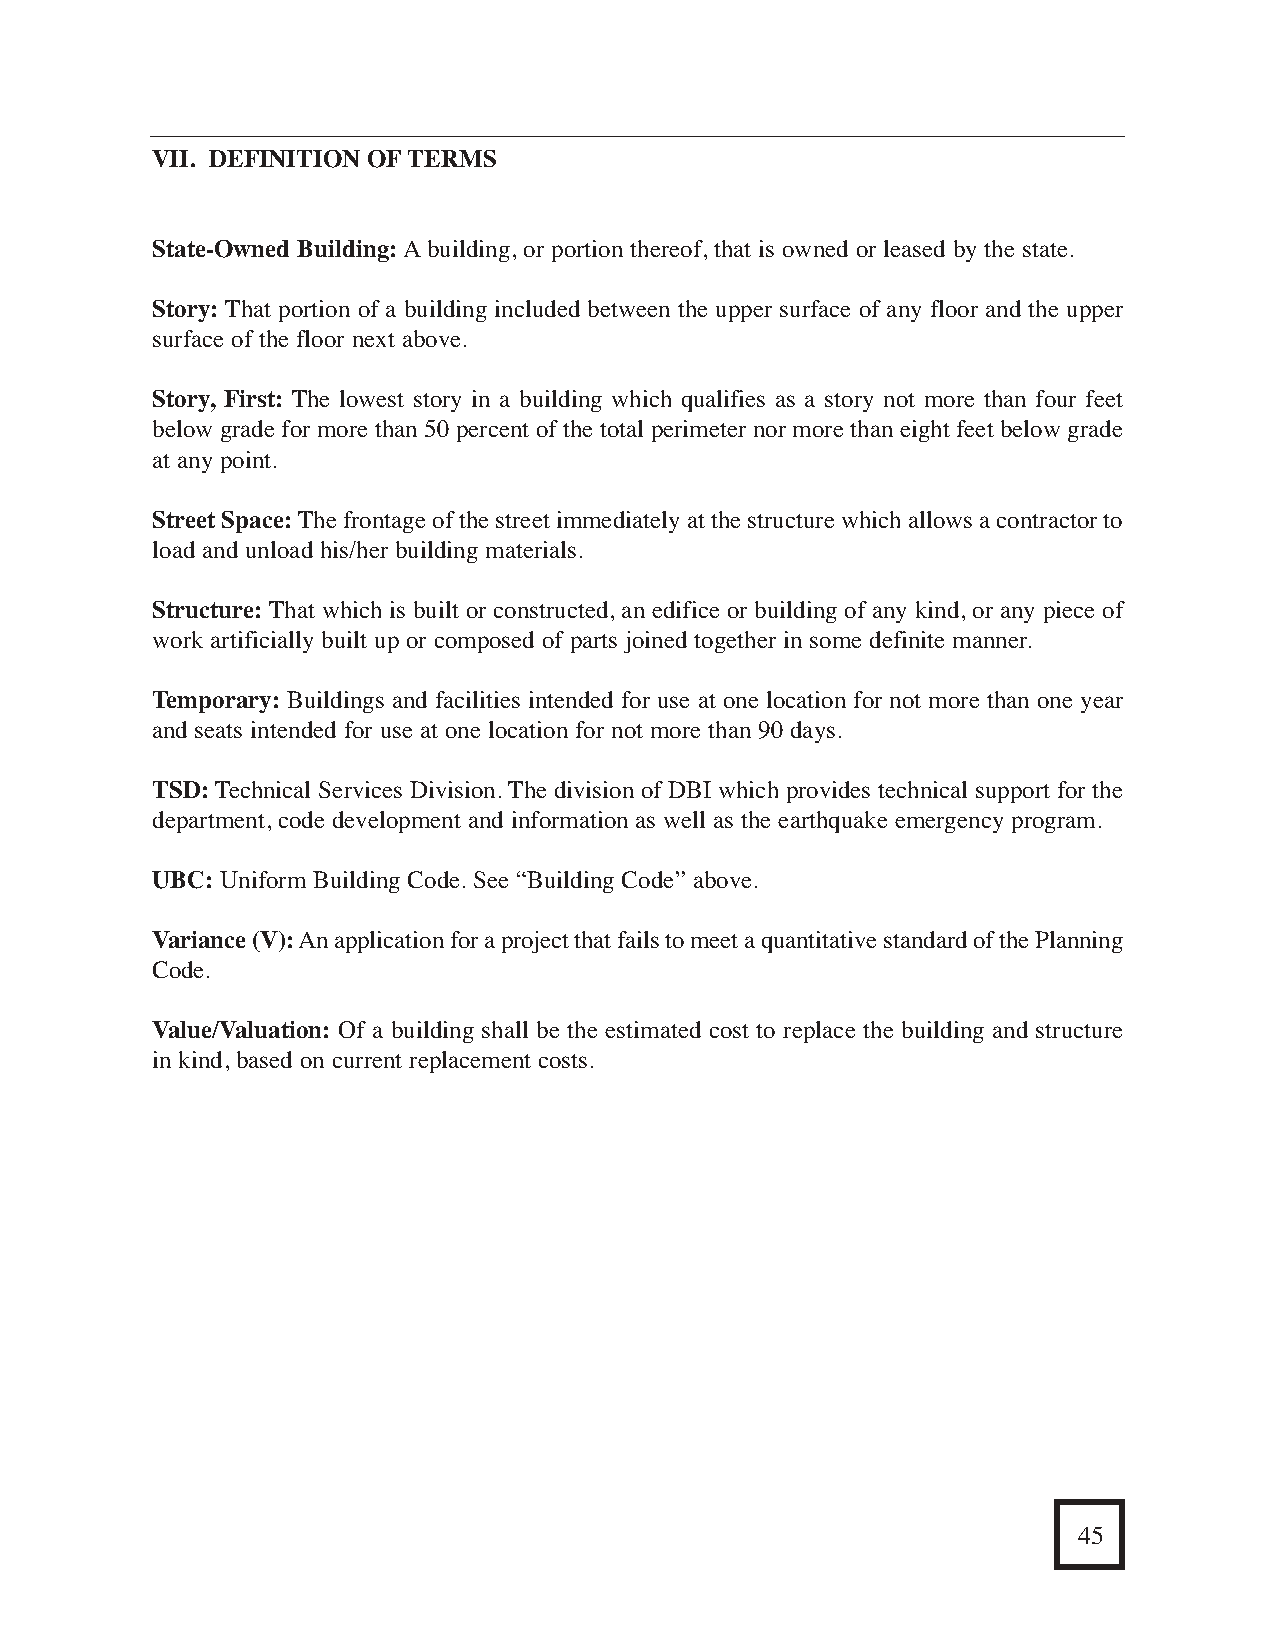
I. THE BUILDING PERMIT PROCESS/LOCALREQUIREMENTS                                    VII. DEFINITION OFTERMS
 ❑   STEP2: How To apply For a Building Permit.
 State-Owned Building:Abuilding, or portion thereof, that is owned or leased by the state.
 Once you have determined that a permit is required, it is necessary to complete the
 appropriate application for the work you are going to do. Applications are available
 Story: That portion of a building included between the upper surface of any floor and the upper
 at the San Francisco Permit Center first floor information counter. Also, there are several
 surface of the floor next above.
 programs available by which to process your permit, so it is important to understand what
 they are so that you can choose the one which best suits your needs. The following infor-
 Story, First: The lowest story in a building which qualifies as a story not more than four feet
 mation describes some of these programs and their benefits.
 below grade for more than 50 percent of the total perimeter nor more than eight feet below grade
 at any point.
 What is Permit Coordination Program?
 This program is primarily aimed at commercial and complex residential projects which
 Street Space:The frontage of the street immediately at the structure which allows a contractor to
 require multi-departmental review such as restaurants, tenant improvements and
 load and unload his/her building materials.
 multi-family residential work. Working with the Planning, Fire, Health and Public
 Works Departments, this processing procedure uses parallel plan review in order to
 Structure: That which is built or constructed, an edifice or building of any kind, or any piece of
 reduce review time and ultimately permit issuance time. Your project will be
 work artificially built up or composed of parts joined together in some definite manner.
 assigned a Permit Coordinator who will track it throughout its processing and
 inform you of its status. Additionally, the Permit Coordinator will troubleshoot any
 Temporary: Buildings and facilities intended for use at one location for not more than one year
 problems that arise and facilitate the delivery of your permit in the shortest possible
 and seats intended for use at one location for not more than 90 days.
 time . The intent of Permit Coordination Program is for the applicant to come into
 one area and have his or her needs addressed in that one area without having to walk
 TSD:Technical Services Division. The division of DBI which provides technical support for the
 from station to station as is done with the self-serviceprocess. If you have any ques-
 department, code development and information as well as the earthquake emergency program.
 tions as to whetheryourproject qualifies forthis program, you may call Permit
 Coordination Divison at (415) 558-6638.
 UBC: Uniform Building Code. See “Building Code” above.
 Variance (V):An application for a project that fails to meet a quantitative standard of the Planning
 The coffee shop is
 Code.
 allowed in this zoned
 area, but you may need
 San Francisco                                                        Value/Valuation: Of a building shall be the estimated cost to replace the building and structure
 plans...
 in kind, based on current replacement costs.
 You may also
 need an
 Architect...             The day of the
 STEP   2
 See me after             lemonade
 her.                  stand is over !
 4           How to Apply                                                                                                                        45